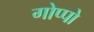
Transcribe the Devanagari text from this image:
गोप्पो